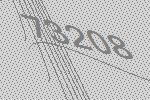
73208